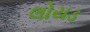
લોયડ